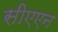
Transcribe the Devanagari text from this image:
सीएएन